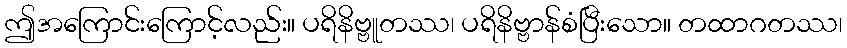
ဤအကြောင်းကြောင့်လည်း။ ပရိနိဗ္ဗူတဿ၊ ပရိနိဗ္ဗာန်စံပြီးသော။ တထာဂတဿ၊